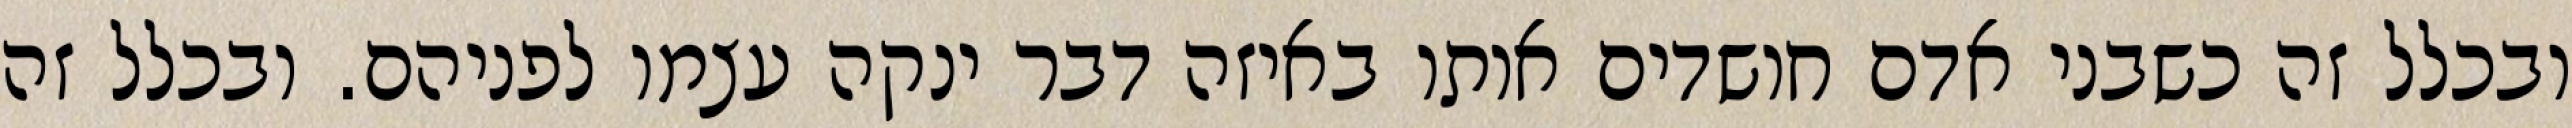
ובכלל זה כשבני אדם חושדים אותו באיזה דבר ינקה עצמו לפניהם. ובכלל זה